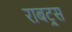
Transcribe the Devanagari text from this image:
राबट्र्स